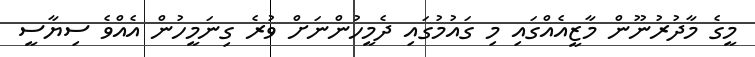
މީގެ މާދުރުނޫން މާޒީއެއްގައި މި ގައުމުގައި ދެމީހުންނަށް ވުރެ ގިނަމީހުން އެއްވެ ސިޔާސީ